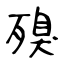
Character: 殠